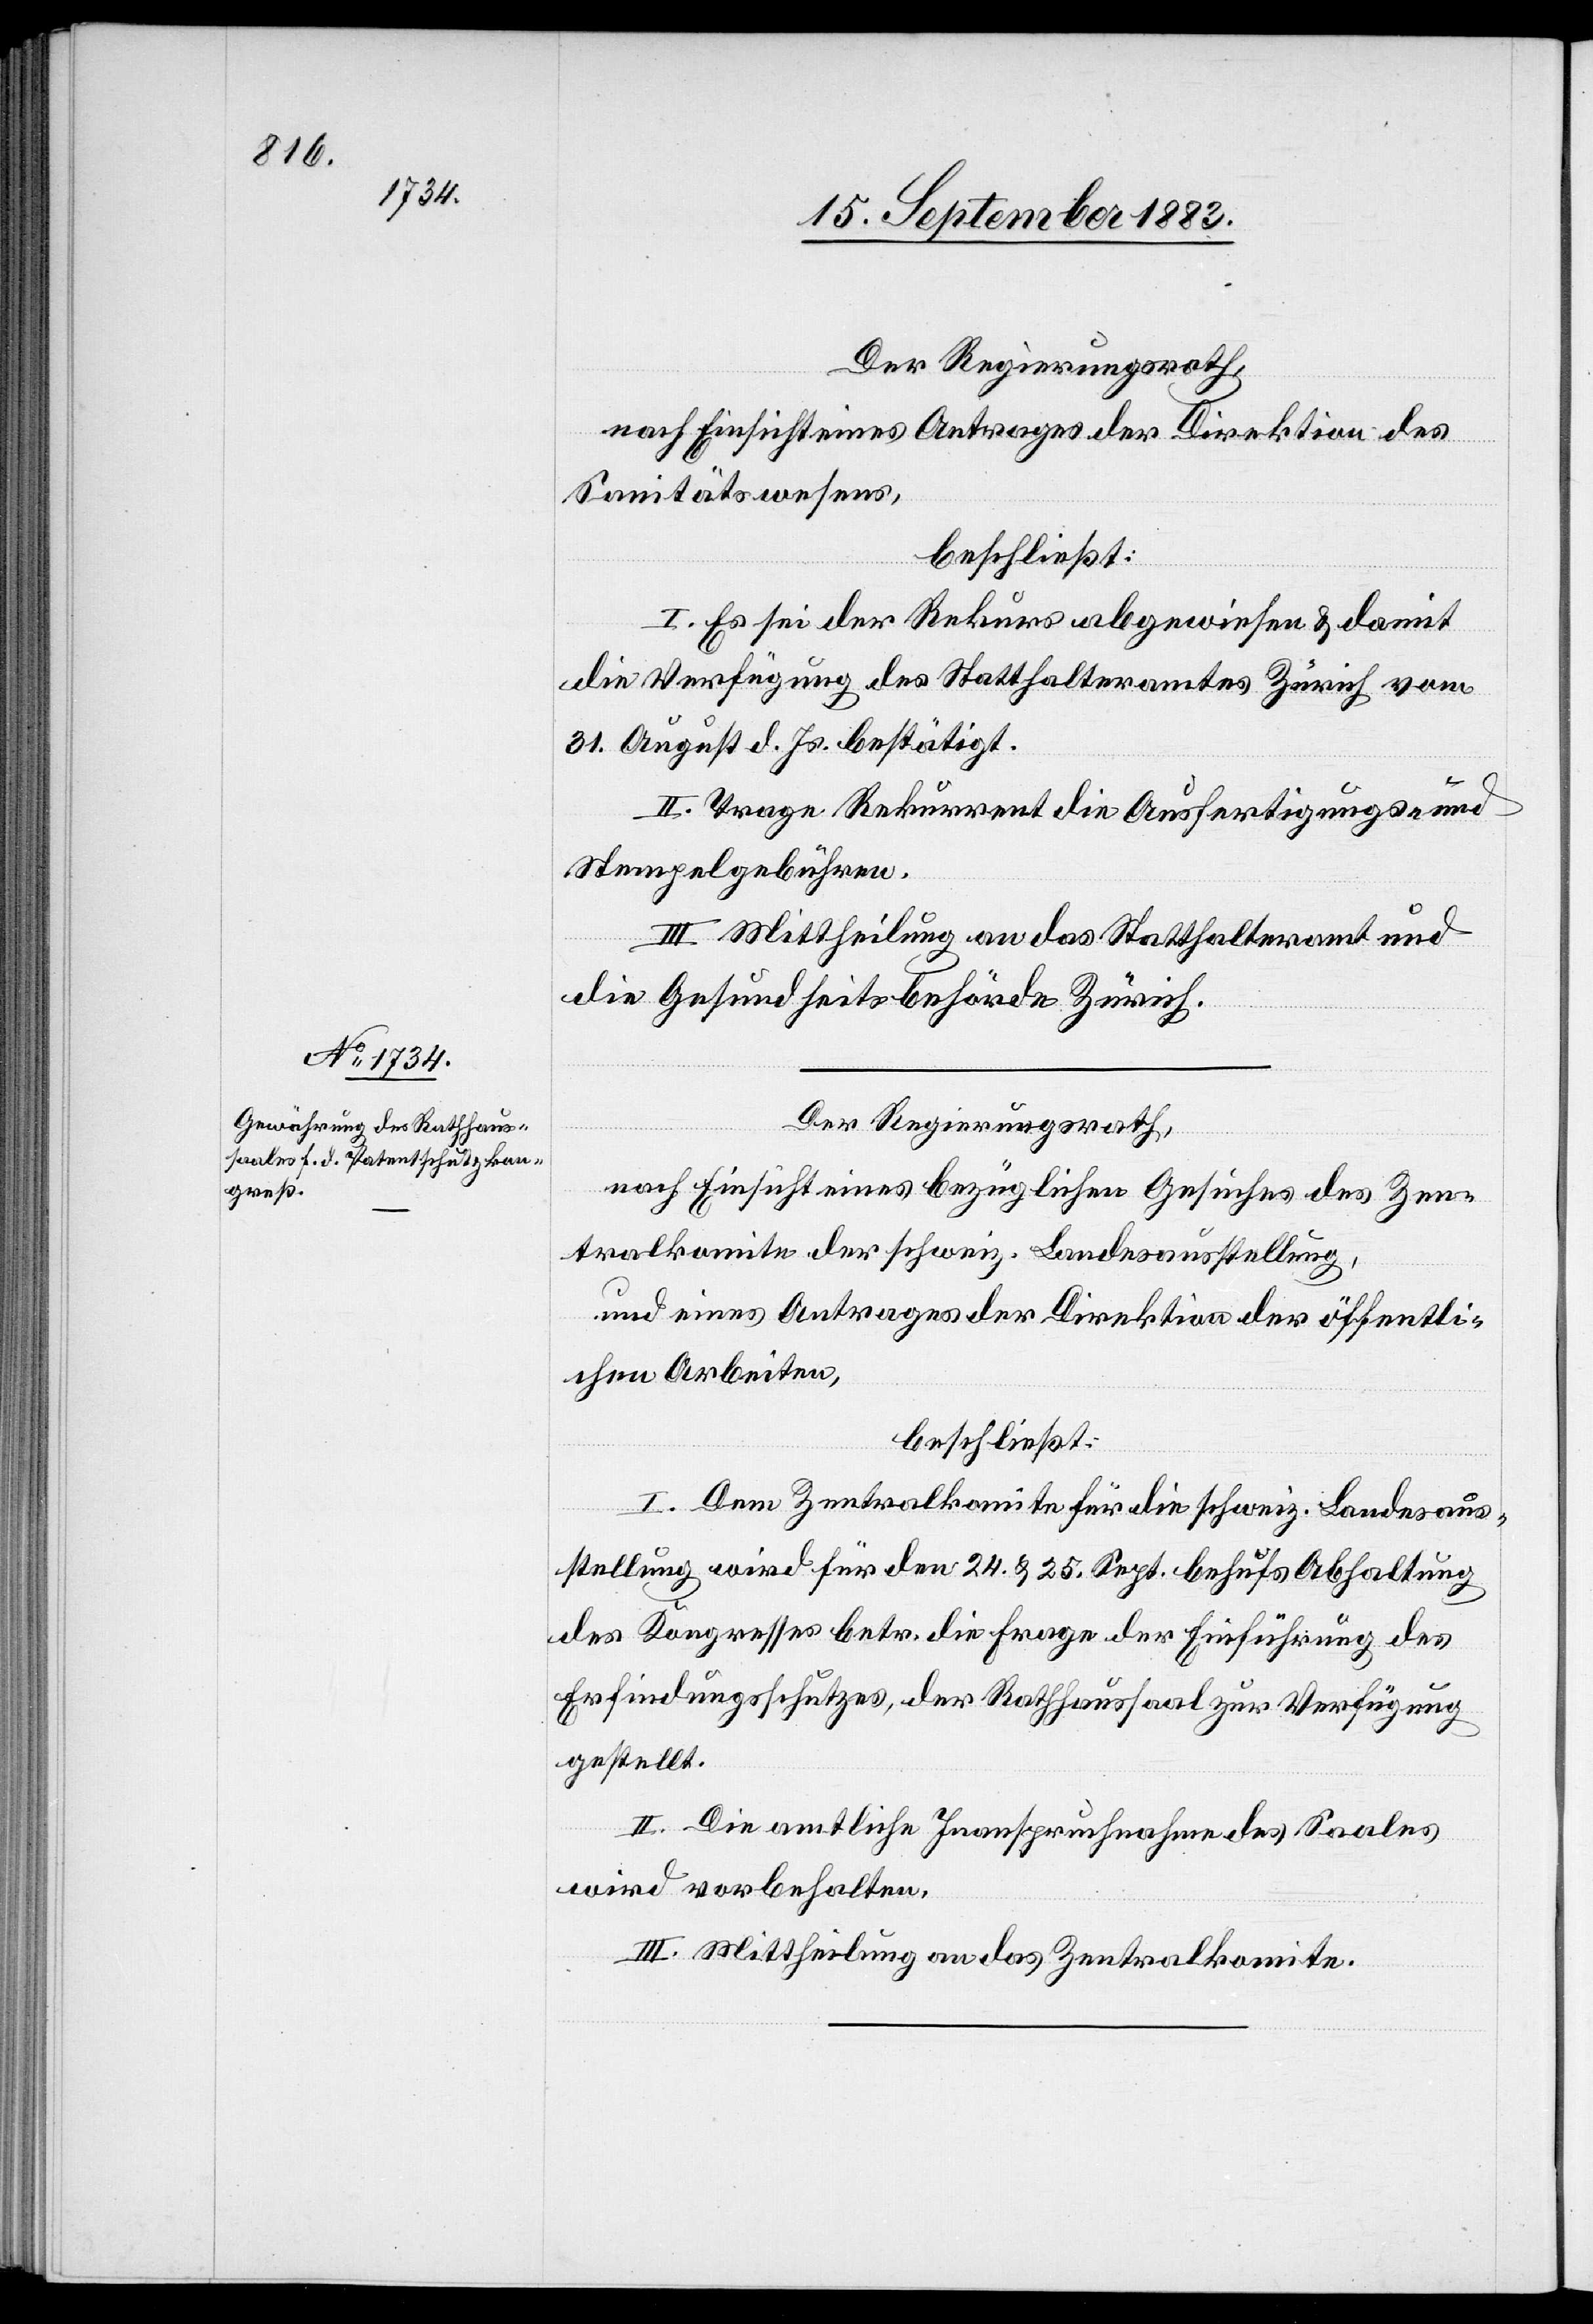
Der Regierungsrath,
nach Einsicht eines Antrages der Direktion des
Sanitätswesens,
beschließt:
I. Es sei der Rekurs abzuweisen & damit
die Verfügung des Statthalteramtes Zürich vom
31. August d. Js. bestätigt.
II. Trage Rekurrent die Ausfertigungs- und
Stempelgebühren.
III. Mittheilung an das Statthalteramt und
die Gesundheitsbehörde Zürich.
Der Regierungsrath,
nach Einsicht eines bezüglichen Gesuches des Zen¬
tralkomite der schweiz. Landesausstellung,
und eines Antrages der Direktion der öffentli¬
chen Arbeiten,
beschließt:
I. Dem Zentralkomite für die schweiz. Landesaus¬
stellung wird für den 24. & 25. Sept. behufs Abhaltung
des Kongresses betr. die Frage der Einführung des
Erfindungsschutzes, der Rathhaussaal zur Verfügung
gestellt.
II. Die amtliche Inanspruchnahme des Saales
wird vorbehalten.
III. Mittheilung an das Zentralkomite.